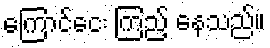
ကြောင်ငေး ကြည့် နေသည်။